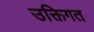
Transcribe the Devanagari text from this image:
उक्तिगत